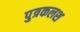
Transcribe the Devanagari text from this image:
पुत्रकलश